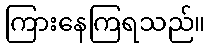
ကြားနေကြရသည်။